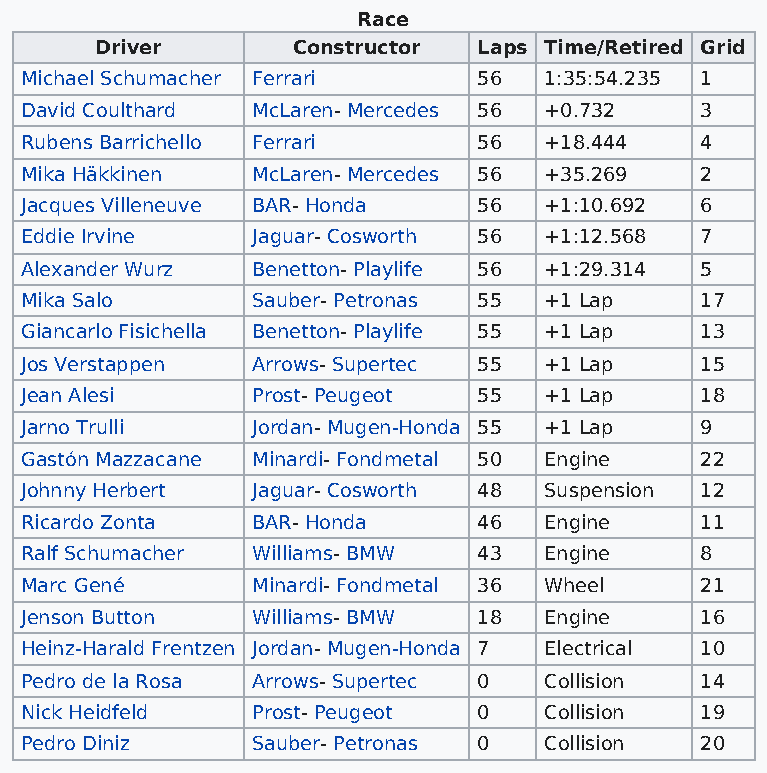
Race
 Driver       Constructor  Laps Time/Retired Grid
 Michael Schumacher Ferrari     56  1:35:54.235 1
 David Coulthard McLaren- Mercedes 56 +0.732  3
 Rubens Barrichello Ferrari     56  +18.444   4
 Mika Häkkinen   McLaren- Mercedes 56 +35.269 2
 Jacques Villeneuve BAR- Honda  56  +1:10.692 6
 Eddie Irvine    Jaguar- Cosworth 56 +1:12.568 7
 Alexander Wurz  Benetton- Playlife 56 +1:29.314 5
 Mika Salo       Sauber- Petronas 55 +1 Lap   17
 Giancarlo Fisichella Benetton- Playlife 55 +1 Lap 13
 Jos Verstappen  Arrows- Supertec 55 +1 Lap   15
 Jean Alesi      Prost- Peugeot 55  +1 Lap    18
 Jarno Trulli    Jordan- Mugen-Honda 55 +1 Lap 9
 Gastón Mazzacane Minardi- Fondmetal 50 Engine 22
 Johnny Herbert  Jaguar- Cosworth 48 Suspension 12
 Ricardo Zonta   BAR- Honda     46  Engine    11
 Ralf Schumacher Williams- BMW  43  Engine    8
 Marc Gené       Minardi- Fondmetal 36 Wheel  21
 Jenson Button   Williams- BMW  18  Engine    16
 Heinz-Harald Frentzen Jordan- Mugen-Honda 7 Electrical 10
 Pedro de la Rosa Arrows- Supertec 0 Collision 14
 Nick Heidfeld   Prost- Peugeot 0   Collision 19
 Pedro Diniz     Sauber- Petronas 0 Collision 20